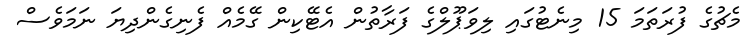
މެޗުގެ ފުރަތަމަ 15 މިނެޓުގައި ލިވަޕޫލްގެ ފަރާތުން އެޓޭކިން ގޭމެއް ފެނިގެންދިޔަ ނަމަވެސް